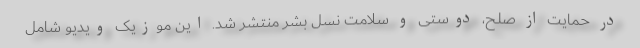
در حمایت از صلح، دوستی و سلامت نسل بشر منتشر شد. این موزیک ویدیو شامل